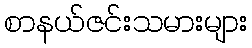
စာနယ်ဇင်းသမားများ